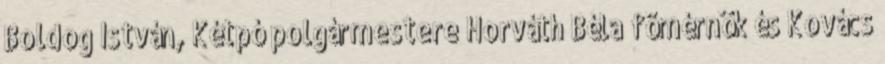
Boldog István, Kétpó polgármestere Horváth Béla fõmérnök és Kovács